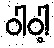
ဝါဝါ့